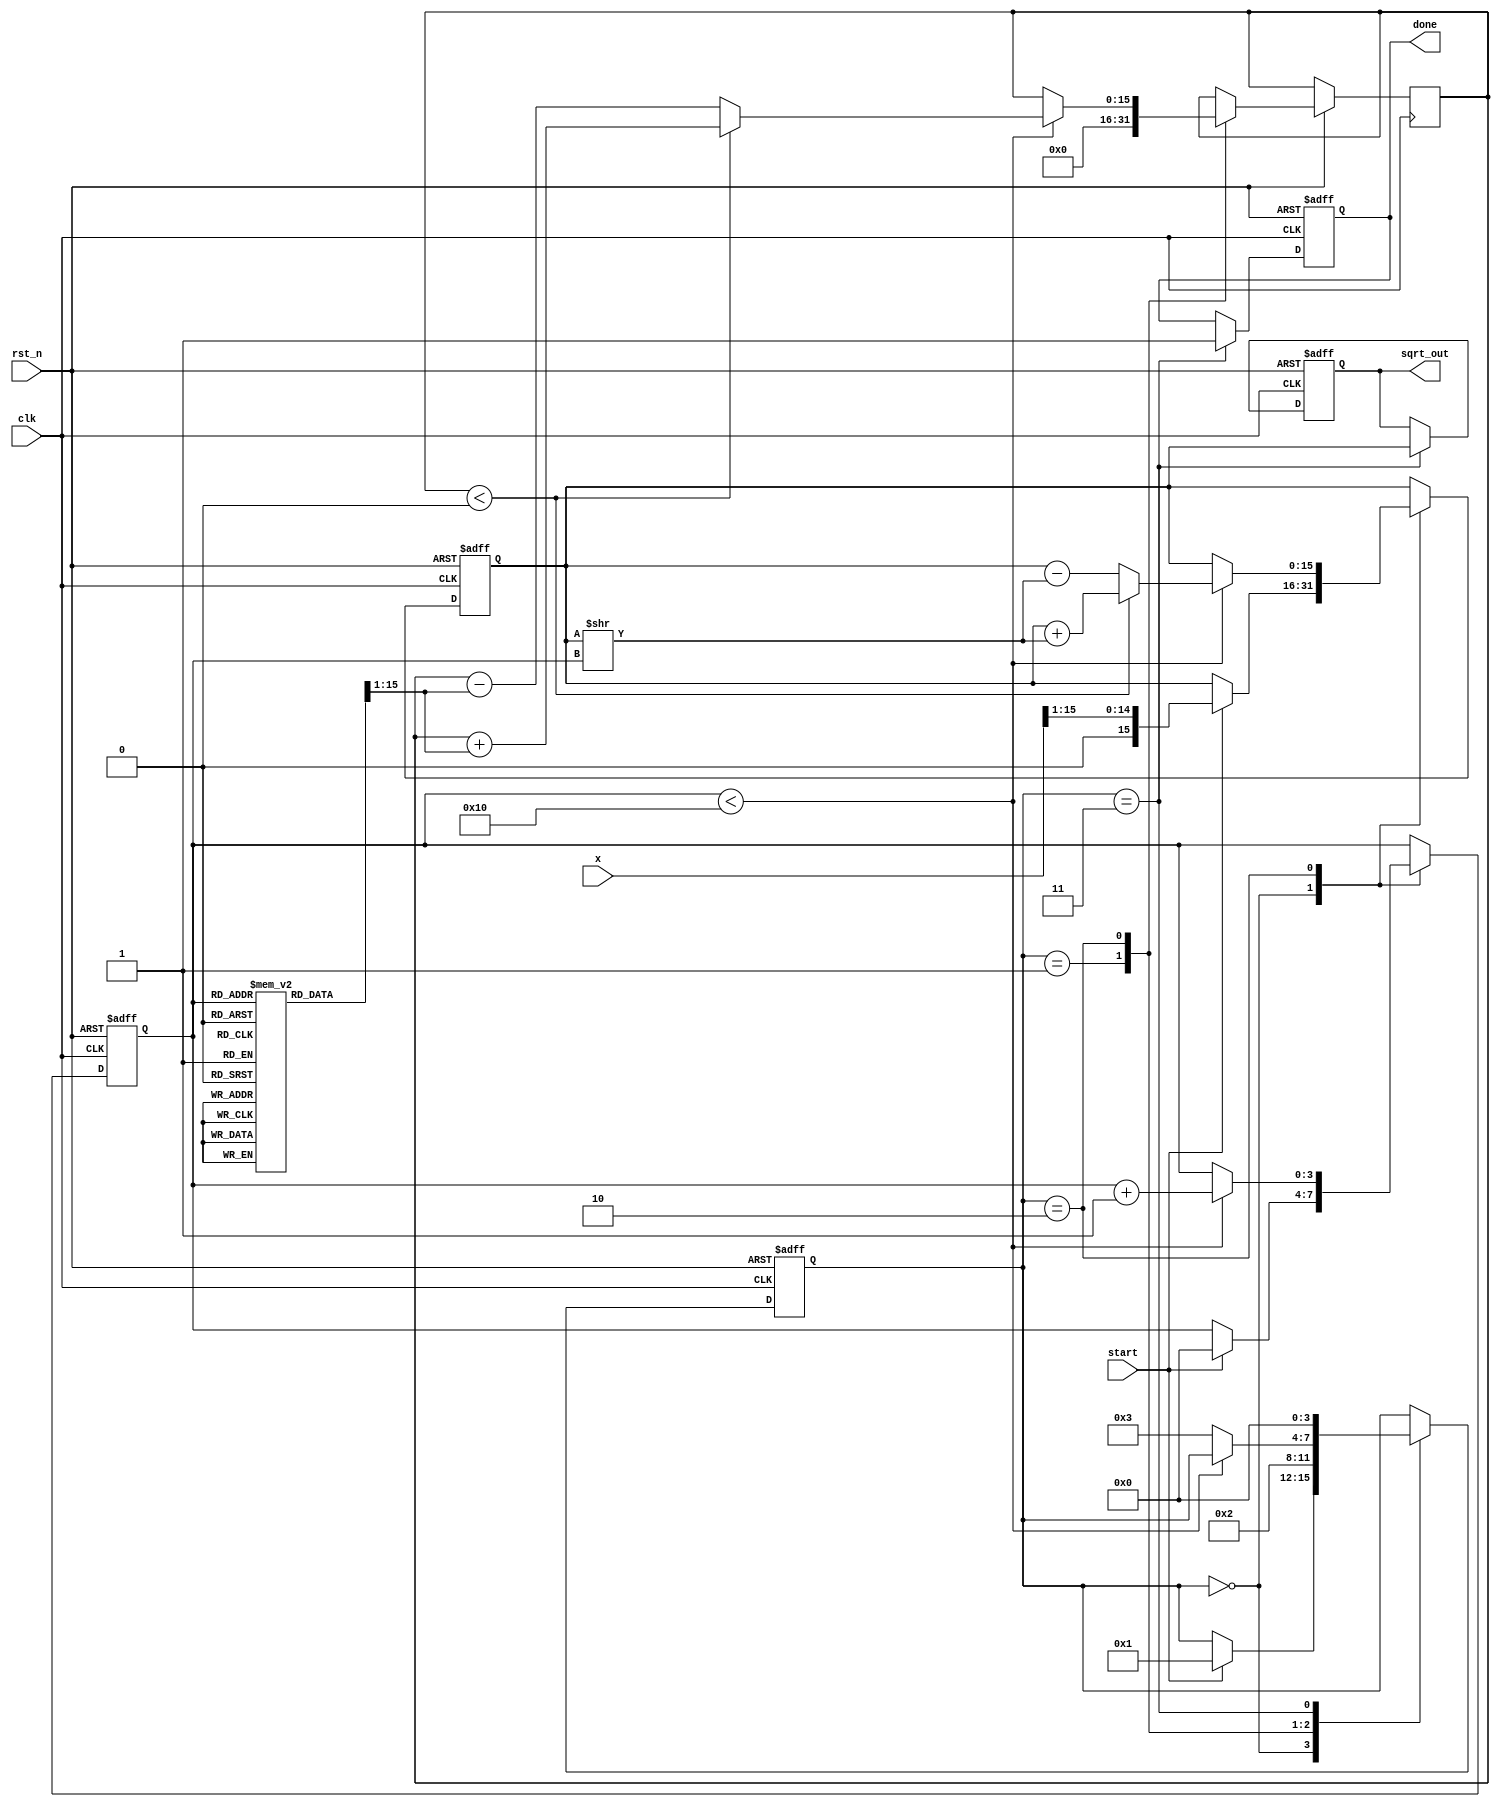
module cordic_sqrt (
    input clk,
    input rst_n,
    input start,
    input [15:0] x,  // Input number
    output reg [15:0] sqrt_out, // Square root output
    output reg done // Completion flag
);

    parameter NUM_ITERATIONS = 16; // Number of CORDIC iterations
    reg [15:0] approximation; // Current approximation of the square root
    reg [15:0] temp; // Temporary variable for calculations
    reg [3:0] state; // State variable
    reg [3:0] iteration; // Iteration counter
    reg [15:0] z; // Angle accumulator

    // CORDIC gain factor
    reg signed [15:0] K [0:NUM_ITERATIONS-1];
    initial begin
        K[0] = 16'h1; // Scaling factor for the first iteration
        K[1] = 16'hB505; // Scaling factor for subsequent iterations
        // ... Fill in more scaling factors as required
    end

    // State machine
    localparam IDLE = 0, INIT = 1, ITERATE = 2, DONE = 3;

    always @(posedge clk or negedge rst_n) begin
        if (!rst_n) begin
            state <= IDLE;
            sqrt_out <= 0;
            done <= 0;
            approximation <= 0;
            iteration <= 0;
        end else begin
            case (state)
                IDLE: begin
                    if (start) begin
                        state <= INIT;
                        approximation <= x >> 1; // Initial guess (x / 2)
                        iteration <= 0;
                    end
                end
                INIT: begin
                    z <= 0; // Initialize the angle
                    state <= ITERATE;
                end
                ITERATE: begin
                    if (iteration < NUM_ITERATIONS) begin
                        // CORDIC iteration, update approximation and angle
                        temp = approximation; // Save the current approximation
                        if (z < 0) begin
                            approximation <= approximation + (temp >> iteration);
                            z <= z + (K[iteration] >> 1); // Update z for next iteration
                        end else begin
                            approximation <= approximation - (temp >> iteration);
                            z <= z - (K[iteration] >> 1); // Update z for next iteration
                        end
                        iteration <= iteration + 1; // Increment iteration counter
                    end else begin
                        state <= DONE; // Move to DONE state after iterations
                    end
                end
                DONE: begin
                    sqrt_out <= approximation; // Final output
                    done <= 1; // Signal that calculation is done
                    state <= IDLE; // Reset to IDLE
                end
            endcase
        end
    end

endmodule